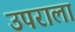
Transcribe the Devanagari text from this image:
उपराला